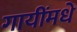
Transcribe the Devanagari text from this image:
गायींमधे